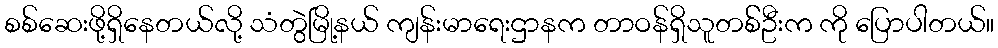
စစ်ဆေးဖို့ရှိနေတယ်လို့ သံတွဲမြို့နယ် ကျန်းမာရေးဌာနက တာဝန်ရှိသူတစ််ဦးက ကို ပြောပါတယ်။